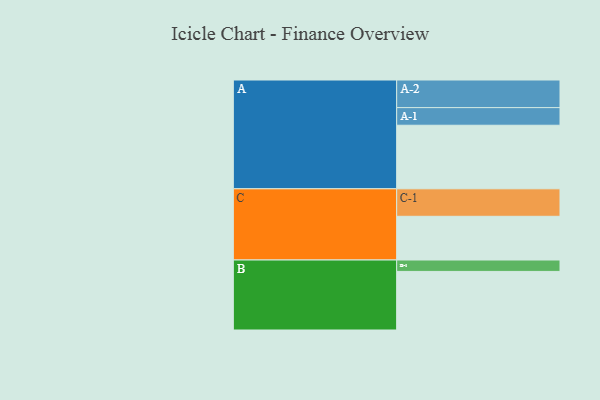
{"axis": {"x": "Segment", "y": "Value"}, "legend": ["", "A", "B", "C"], "data": [{"x": "A", "y": 534, "type": ""}, {"x": "B", "y": 492, "type": ""}, {"x": "C", "y": 367, "type": ""}, {"x": "A-1", "y": 148, "type": "A"}, {"x": "A-2", "y": 232, "type": "A"}, {"x": "B-1", "y": 96, "type": "B"}, {"x": "C-1", "y": 231, "type": "C"}]}